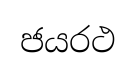
ජයරථ